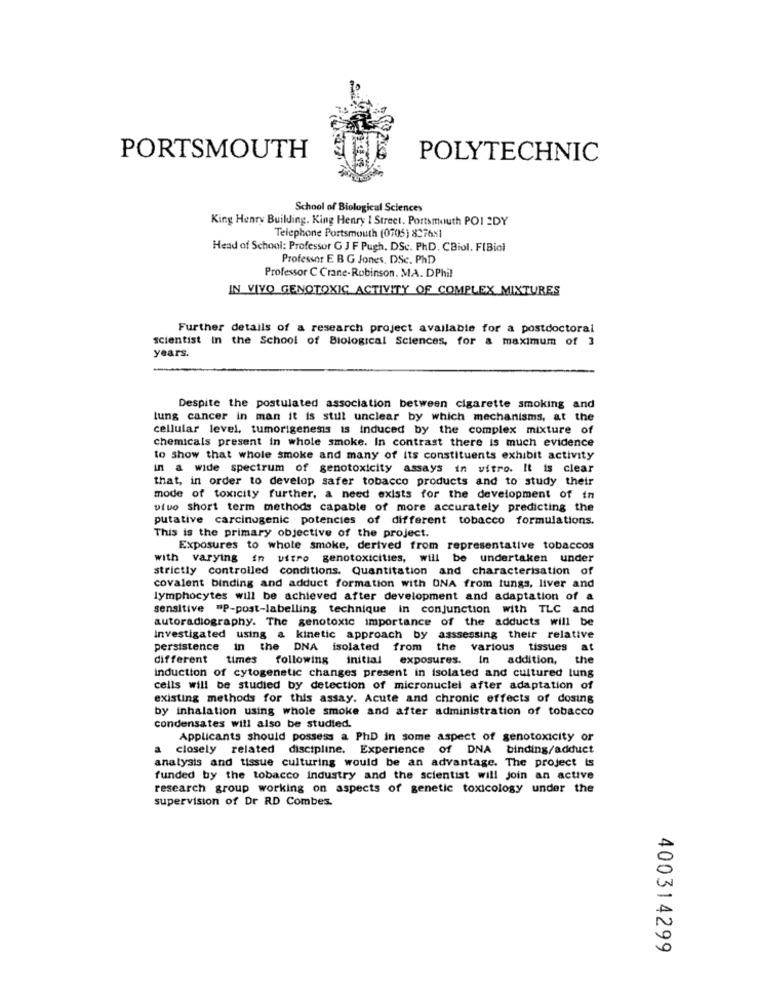
PORTSMOUTH
POLYTECHNIC
School of Biological Sciences
King Henry Building. King Henry 1 Street, Portsmouth POI 2DY
Telephone Portsmouth (0705) 837681
Head of School: Professor G J F Pugh, DSc. PhD. CBiol. FIBiol
Professor E B G Jones. DSc. PhD
Professor C Crane-Robinson. M.A. DPhil
IN VIVO GENOTOXIC ACTIVITY OF COMPLEX MIXTURES
Further details of a research project available for a postdoctoral
scientist in the School of Biological Sciences, for a maximum of 3
years.
Despite the postulated association between cigarette smoking and
lung cancer in man it is still unclear by which mechanisms, at the
cellular level, tumorigenesis is induced by the complex mixture of
chemicals present in whole smoke. In contrast there is much evidence
to show that whole smoke and many of its constituents exhibit activity
in a wide spectrum of genotoxicity assays in vitro. It is clear
that, in order to develop safer tobacco products and to study their
mode of toxicity further, a need exists for the development of in
utuo short term methods capable of more accurately predicting the
putative carcinogenic potencies of different tobacco formulations.
This is the primary objective of the project.
Exposures to whole smoke, derived from representative tobaccos
with varying in vitro genotoxicities, will be undertaken under
strictly controlled conditions. Quantitation and characterisation of
covalent binding and adduct formation with ONA from lungs, liver and
lymphocytes will be achieved after development and adaptation of a
sensitive "P-post-labelling technique in conjunction with TLC and
autoradiography. The genotoxic importance of the adducts will be
Investigated using a kinetic approach by asssessing their relative
persistence in the DNA isolated from the various tissues at
different times following initial exposures. In addition,
the
induction of cytogenetic changes present in isolated and cultured lung
cells will be studied by detection of micronuclei after adaptation of
existing methods for this assay. Acute and chronic effects of dosing
by inhalation using whole smoke and after administration of tobacco
condensates will also be studied.
Applicants should possess a PhD in some aspect of genotoxicity or
a closely related discipline. Experience of DNA binding/adduct
analysis and tissue culturing would be an advantage. The project is
funded by the tobacco industry and the scientist will join an active
research group working on aspects of genetic toxicology under the
supervision of Dr RD Combes.
400314299